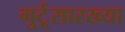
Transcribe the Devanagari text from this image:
गुर्टूसारख्या